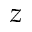
z